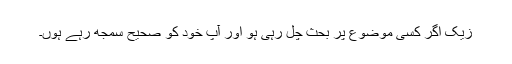
زیک اگر کسی موضوع پر بحث چل رہی ہو اور آپ خود کو صحیح سمجھ رہے ہوں۔